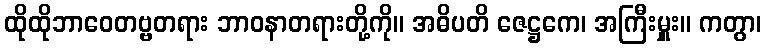
ထိုထိုဘာဝေတဗ္ဗတရား ဘာဝနာတရားတို့ကို။ အဓိပတိ ဇေဋ္ဌကေ၊ အကြီးမှူး။ ကတွာ၊